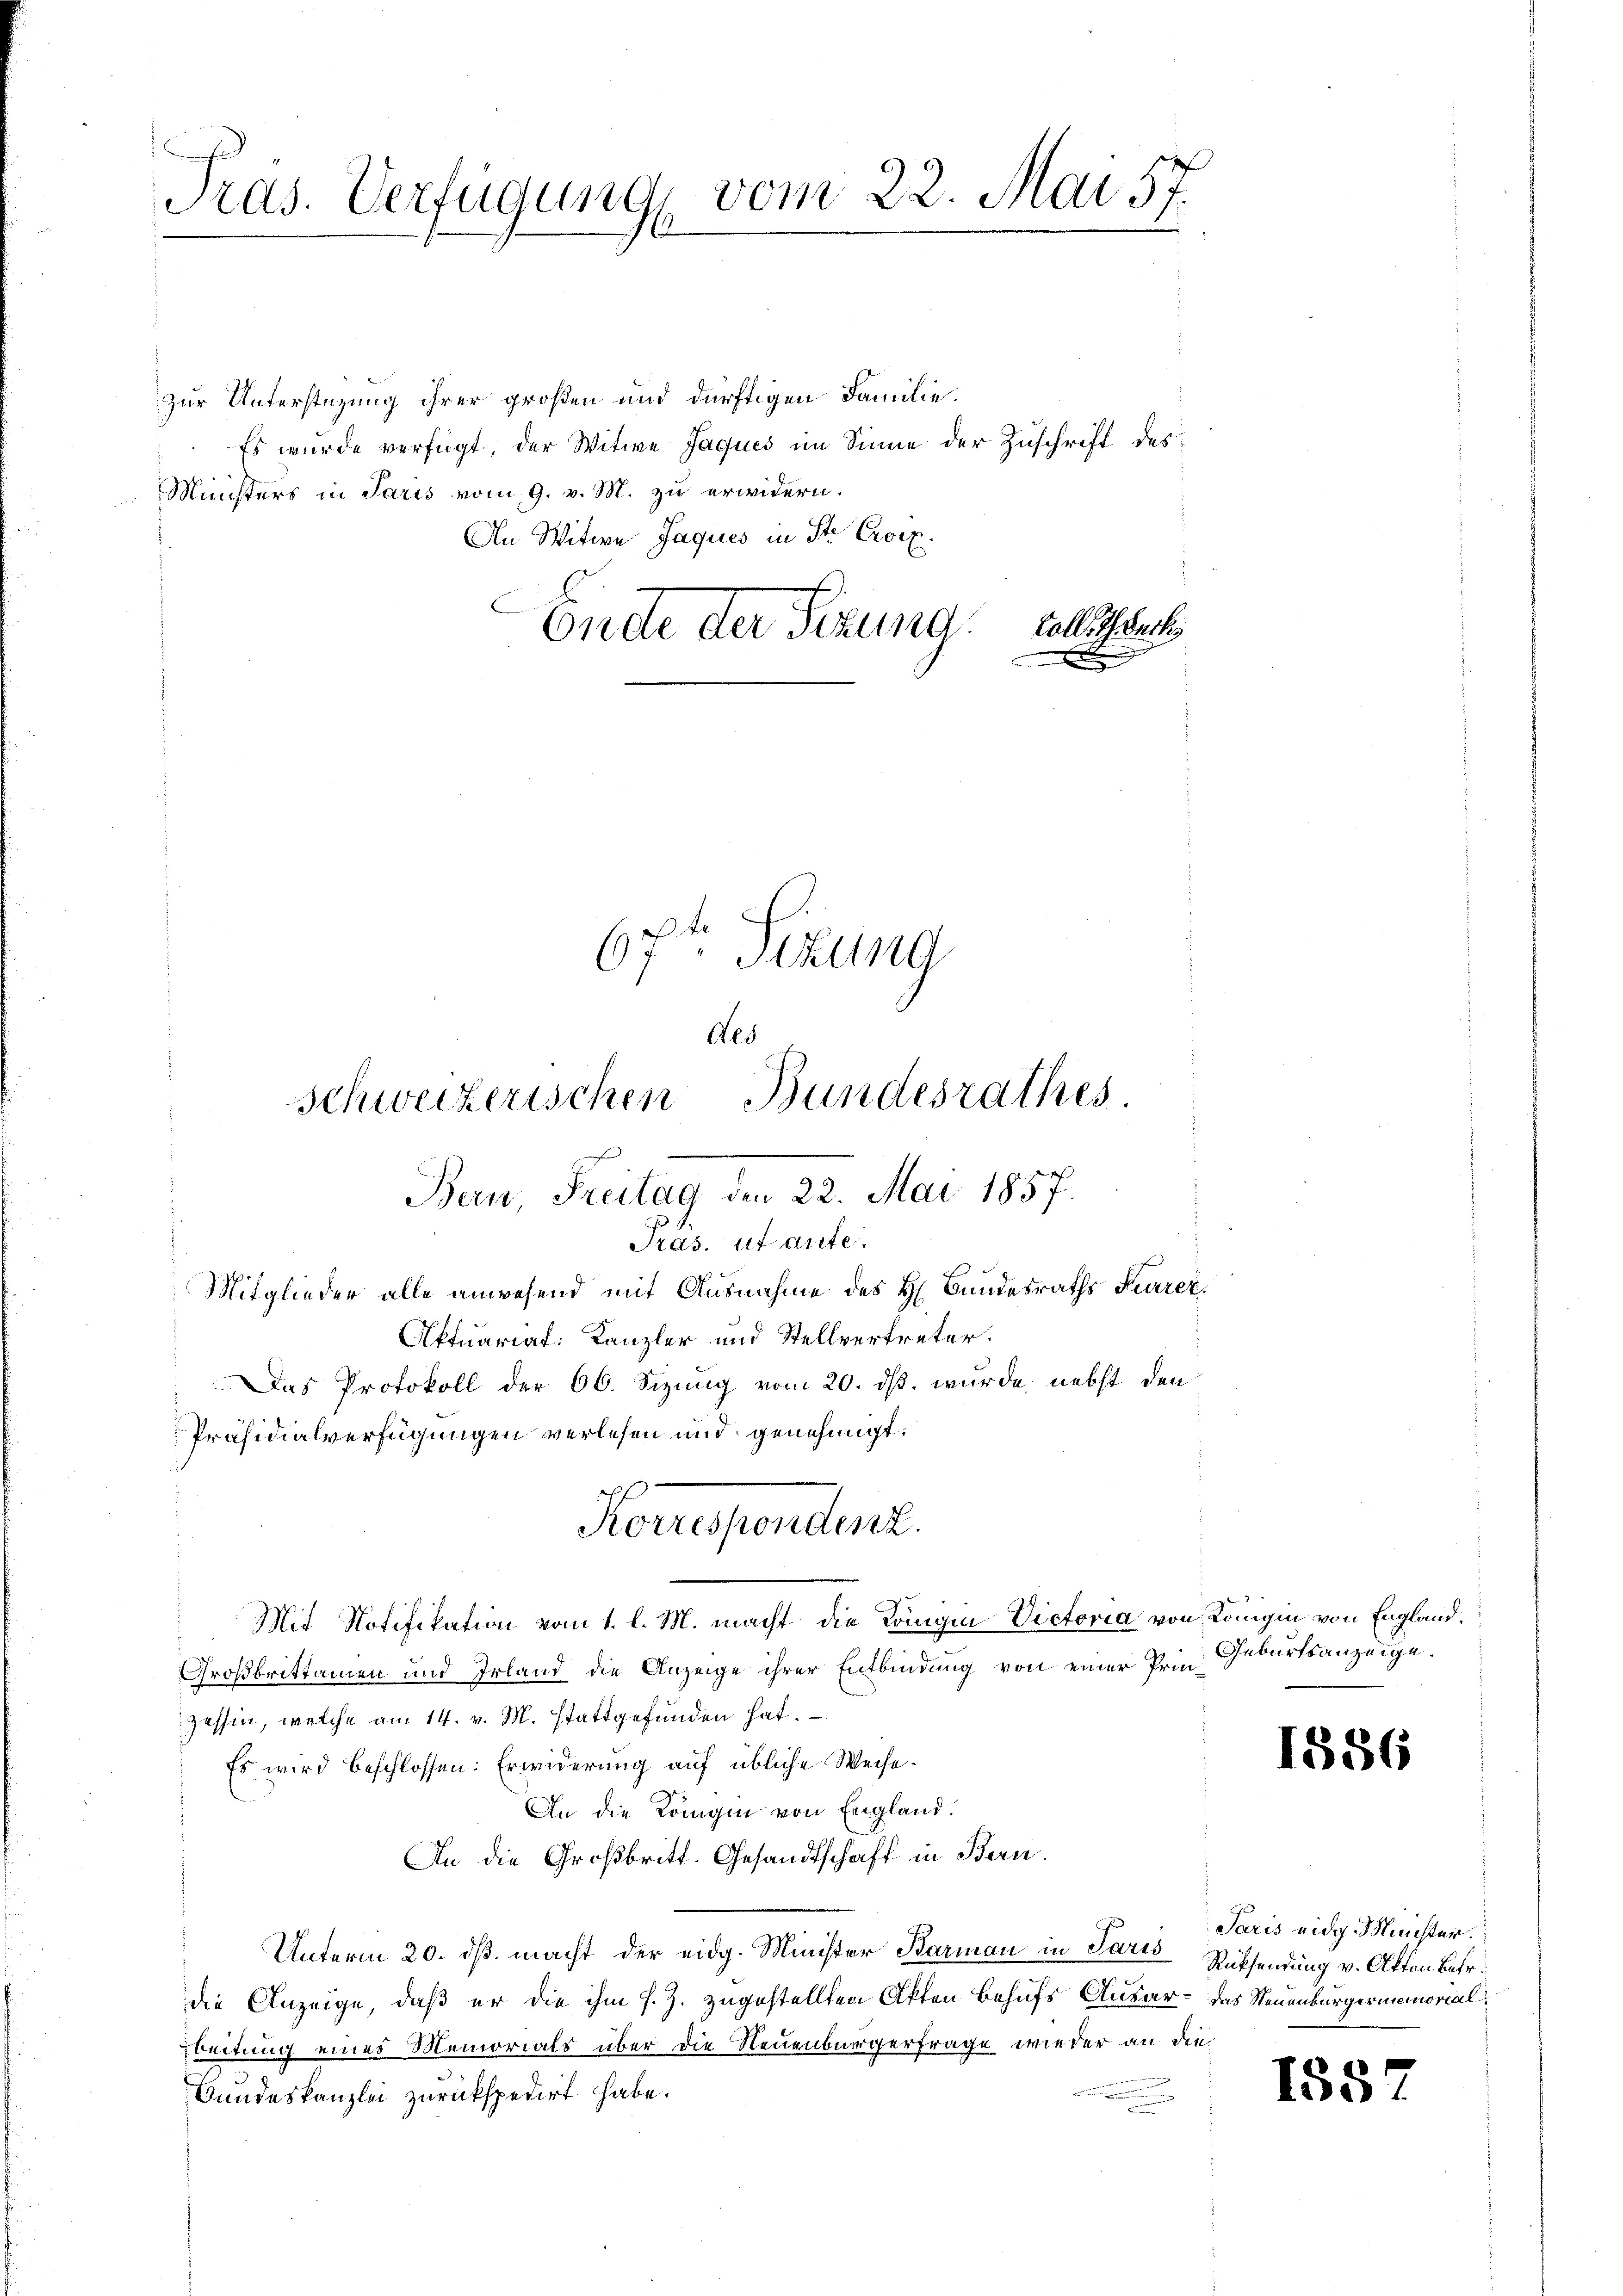
vom 22. Mai 57.
Pras. Verfügung

zur Unterstüzung ihrer großen und dürftigen Familie.
Es wurde verfügt, der Witwe Jaques im Sinne der Zuschrift des
Ministers in Paris vom 9. v. M. zu erwidern.
An Witwe Jaques in St. Croix.
E
Ende der Sitzung,

Präsidialverfügungen verlesen und genehmigt.
f
Korrespondenz.
Mit Notifikation vom 1. l. M. macht die Königin Victoria von Königin von England.

67te Sekung
Als
Schweizerischen Bundesrathes
Bern, Freitag den 22. Mai 1857.
Pras. ut aute.
Mitglieder alle anwesend mit Ausnahme des H. Bundesraths Feurer.
Aktuariat: Kanzler und Stellvertreter.
Das Protokoll der 66. Sizung vom 20. ds. wurde nebst den

toll, Th. Carli

Großbrittamen und Irland die Anzeige ihrer Entbindung von einer Prin-
zessin, welche am 14. v. M. stattgefunden hat.
Es wird beschlossen: Erwiderung auf übliche Weise¬
An die Königin von England.
An die Großbritt. Gesandtschaft in Bern.
Unterm 20. dß. macht der eidg. Minister Barman in Paris Rücksendung v. Akten Betr.
die Anzeige, daß er die ihm s. Z. zugestellten Akten Behufs Ausar- das Neuenburgermemorial
beitung eines Memorials über die Neuenburgerfrage wieder an die
Bundeskanzlei zurückspedirt habe.
c

Geburtsanzeige.

1856

Paris eidg. Minister.

185